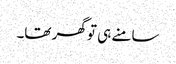
سامنے ہی تو گھر تھا۔